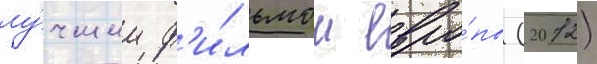
лу́чшим ф'и́льмом евро́пы (2012)